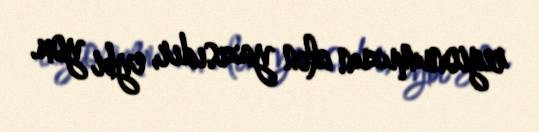
regionumuzun alın yazısıdır, eybi yox.